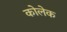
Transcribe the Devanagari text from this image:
कोलेक